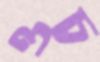
ওচ